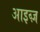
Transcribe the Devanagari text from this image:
आइव्ज़